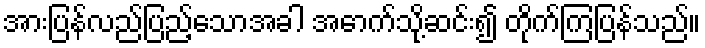
အားပြန်လည်ပြည့်သောအခါ အောက်သို့ဆင်း၍ တိုက်ကြပြန်သည်။